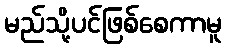
မည်သို့ပင်ဖြစ်စေကာမူ